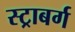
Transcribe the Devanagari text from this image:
स्ट्राबर्ग